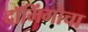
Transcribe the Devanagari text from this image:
दॉमिंगोचा